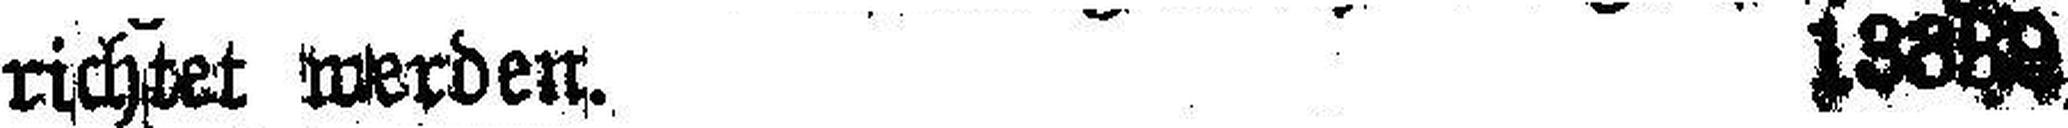
richtet werden. 13889